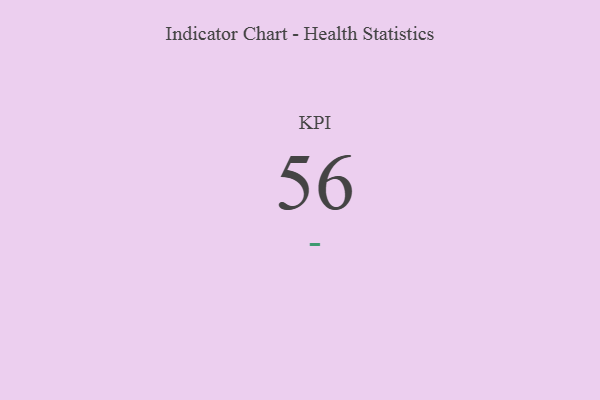
{"axis": {"x": "KPI", "y": "Value"}, "legend": [""], "data": [{"x": "KPI", "y": 56, "type": ""}]}